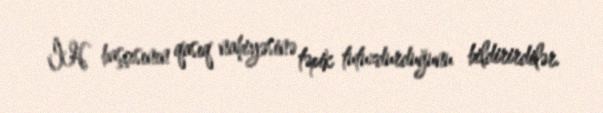
İH başçısının qasıq nahiyəsinə təpik tutuzdurduğunu bildirirdilər.